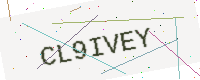
Text: CL9IVEY